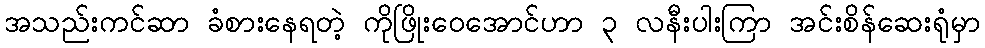
အသည်းကင်ဆာ ခံစားနေရတဲ့ ကိုဖြိုးဝေအောင်ဟာ ၃ လနီးပါးကြာ အင်းစိန်ဆေးရုံမှာ